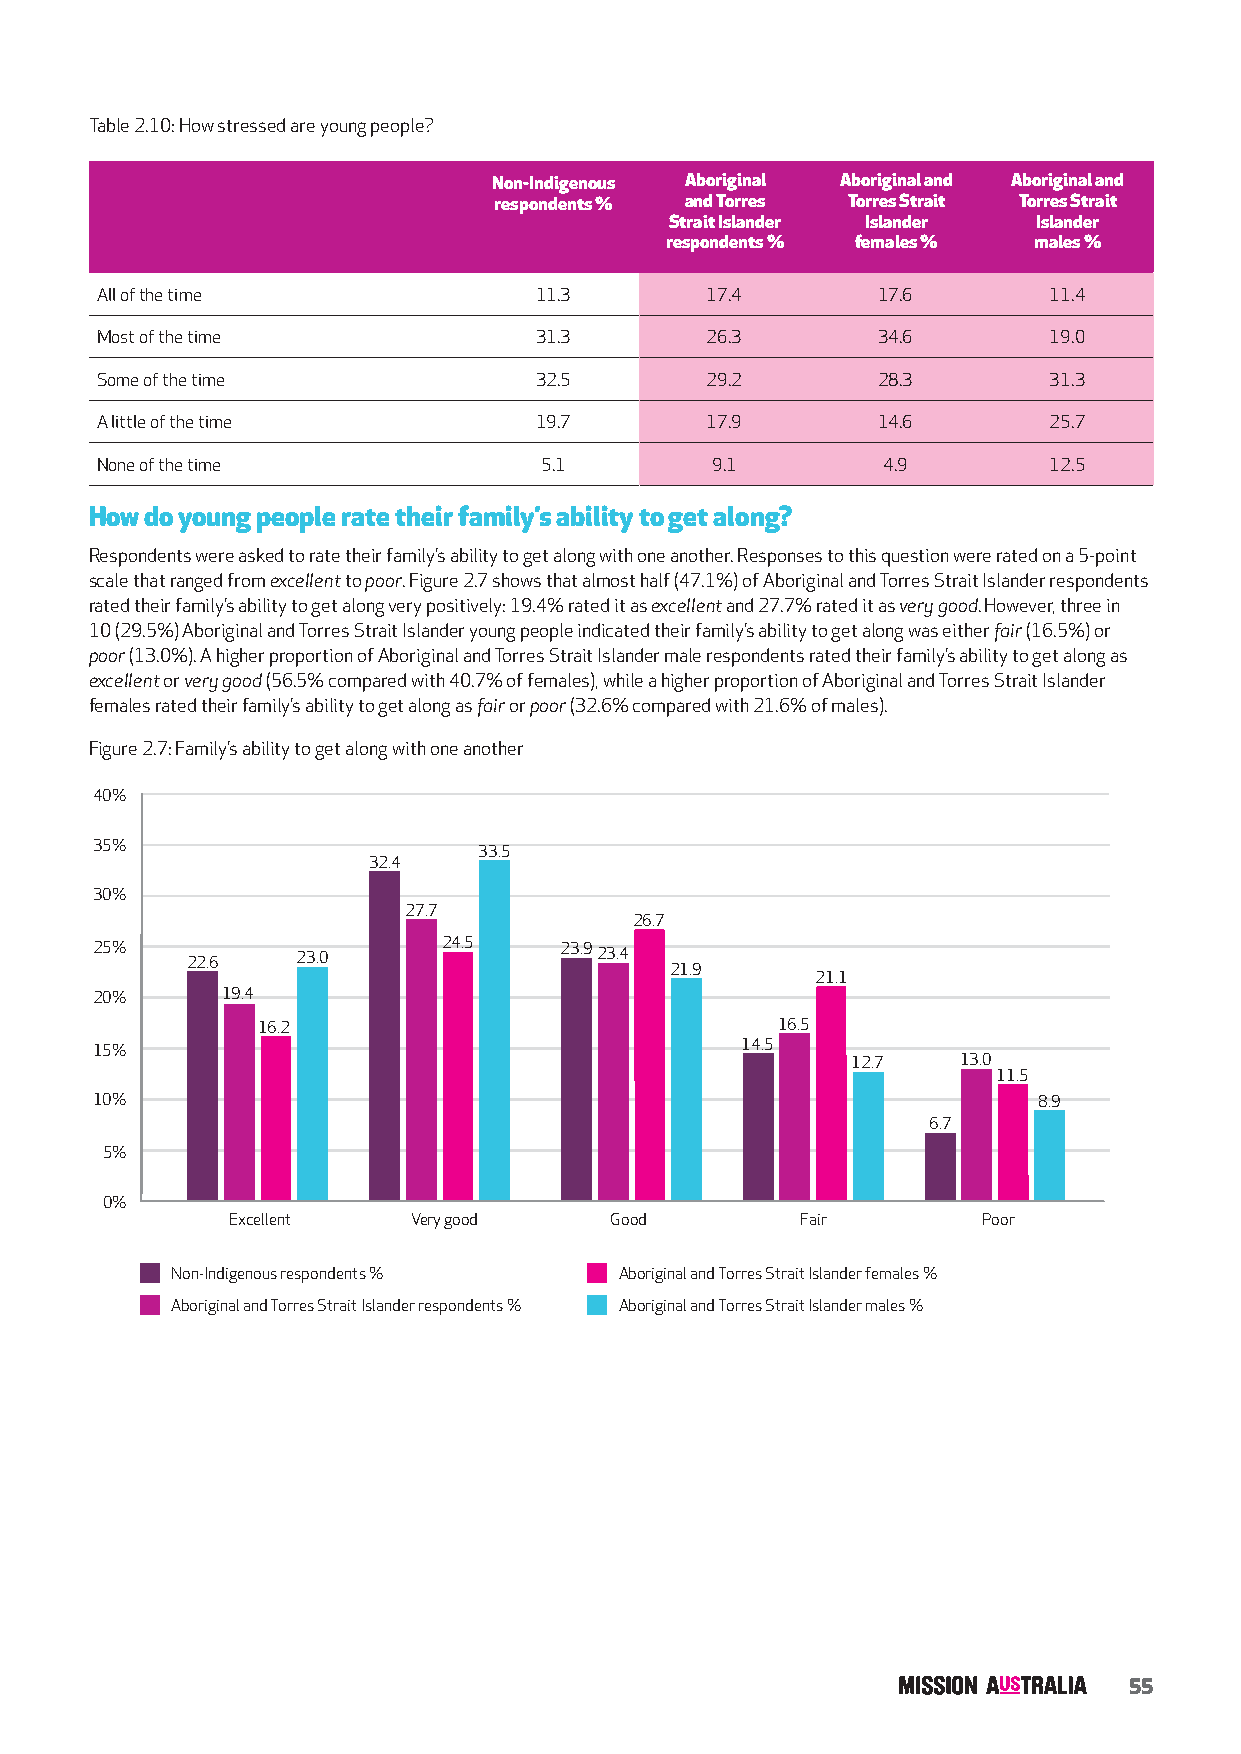
Table 2.10: How stressed are young people?
 Non-Indigenous Aboriginal Aboriginal and Aboriginal and
 respondents % and Torres Torres Strait Torres Strait
 Strait Islander Islander Islander
 respondents % females % males %
 All of the time              11.3        17.4       17.6       11.4
 Most of the time             31.3        26.3       34.6       19.0
 Some of the time             32.5        29.2       28.3       31.3
 A little of the time         19.7        17.9       14.6       25.7
 None of the time              5.1        9.1        4.9        12.5
 How do young people rate their family’s ability to get along?
 Respondents were asked to rate their family’s ability to get along with one another. Responses to this question were rated on a 5-point
 scale that ranged from excellent to poor. Figure 2.7 shows that almost half (47.1%) of Aboriginal and Torres Strait Islander respondents
 rated their family’s ability to get along very positively: 19.4% rated it as excellent and 27.7% rated it as very good. However, three in
 10 (29.5%) Aboriginal and Torres Strait Islander young people indicated their family’s ability to get along was either fair (16.5%) or
 poor (13.0%). A higher proportion of Aboriginal and Torres Strait Islander male respondents rated their family’s ability to get along as
 excellent or very good (56.5% compared with 40.7% of females), while a higher proportion of Aboriginal and Torres Strait Islander
 females rated their family’s ability to get along as fair or poor (32.6% compared with 21.6% of males).
 Figure 2.7: Family’s ability to get along with one another
 40%
 35%                       33.5
 32.4
 30%
 27.7
 26.7
 25%
 22.6    23.0
 24.5    23.923.4
 21.9
 21.1
 20%      19.4
 16.2                              16.5
 15%                                        14.5
 12.7    13.0
 11.5
 10%                                                            8.9
 6.7
 5%
 0%
 Excellent   Very good    Good         Fair        Poor
 Non-Indigenous respondents %  Aboriginal and Torres Strait Islander females %
 Aboriginal and Torres Strait Islander respondents % Aboriginal and Torres Strait Islander males %
 55